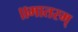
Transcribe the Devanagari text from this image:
॥मातरम्